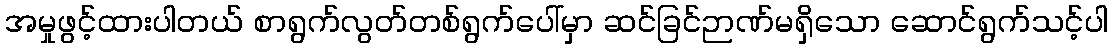
အမှုဖွင့်ထားပါတယ် စာရွက်လွတ်တစ်ရွက်ပေါ်မှာ ဆင်ခြင်ဉာဏ်မရှိသော ဆောင်ရွက်သင့်ပါ